Annual administration report of the Civil Veterinary Department of India - 1898-1899
Year: 1898
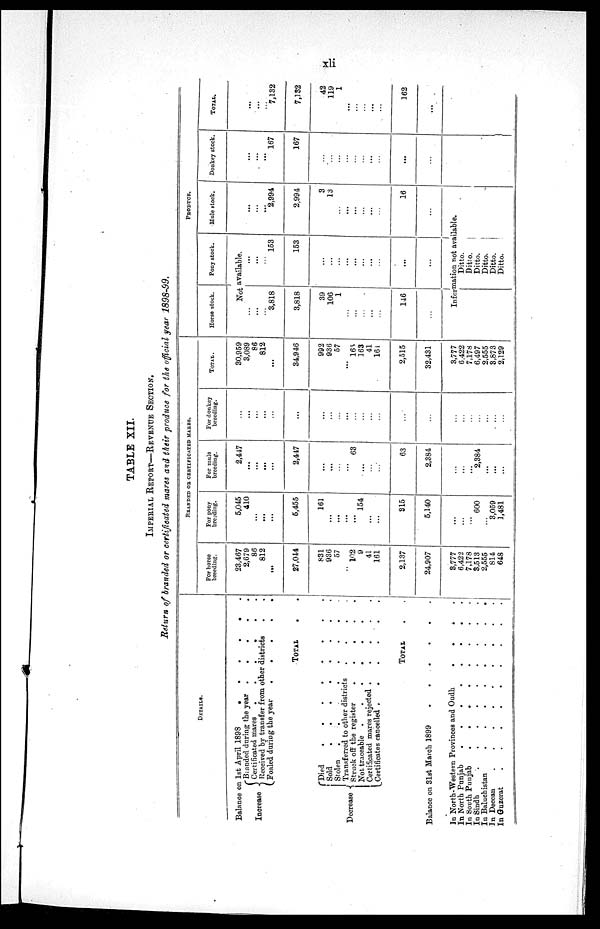
xli
TABLE XII.
IMPERIAL REPORT—REVENUE SECTION.
Return of branded or certificated mares and their produce for the official year 1898-99.
DETAILS.
Balance on 1st April
1898
.
.
.
.
.
.
Increase
{
Decrease {
Branded during the year
.
.
.
.
.
Certificated mares . . . . . .
Received by transfer from other districts . .
Foaled during the year . . . . .
TOTAL . .
Died
.
.
.
.
.
.
Sold
.
.
.
.
.
.
Stolen . . . . .
Transferred to other districts . . . .
Struck off the register . . . . .
Not traceable . . . . . .
Certificated mares rejected . . . . .
Certificates cancelled . . . . . .
TOTAL . .
Balance on 31st March 1899
.
.
.
.
.
.
In North-Western Provinces and Oudh
.
.
.
.
In North Punjab
.
.
.
.
.
.
.
.
In South Punjab
.
.
.
.
.
.
.
.
In Sindh
.
.
.
.
.
.
.
.
In Baluchistan
.
.
.
.
.
.
. .
In Deccan
.
.
.
.
.
.
.
.
.
In Guzerat . . . . . . .
BRANDED OR CERTIFICATED MARES.
For horse
breeding.
23,467
2,679
86
812
...
27,044
831
936
57
..
102
9
41
161
2,137
24,907
3,777
6,422
7,178
3,513
2,555
814
648
For pony
breeding.
5,045
410
...
...
...
5,455
161
...
...
...
...
154
...
...
315
5,140
...
...
...
600
...
3,059
1,481
For mule
breeding.
2,447
. ..
...
. ..
...
2,447
...
...
...
...
63
...
...
...
63
2,384
...
...
...
2,384
...
...
...
For donkey
breeding.
...
...
...
...
...
...
...
...
...
...
...
...
...
...
...
...
...
...
...
...
...
...
...
TOTAL.
30,959
3,089
86
812
...
34,946
992
936
57
...
165
163
41
161
2,515
32,431
3,777
6,422
7,178
6,497
2,555
3,873
2,129
PRODUCE.
Horse stock.
Pony stock.
Not available.
...
...
...
3,818
3,818
39
106
1
...
...
...
...
...
146
...
...
...
...
153
153
...
...
...
...
...
...
...
...
...
...
Mule stock.
...
...
...
2,994
2,994
3
13
...
...
...
...
...
...
16
...
Information not available.
Ditto.
Ditto.
Ditto.
Ditto.
Ditto.
Ditto.
Donkey stock.
...
...
...
167
167
...
...
...
...
...
...
...
...
...
...
TOTAL.
...
...
...
7,132
7,132
42
119
1
...
...
...
...
...
162
...